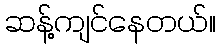
ဆန့်ကျင်နေတယ်။